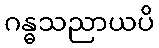
ဂန္ဓသညာယပိ